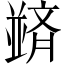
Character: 𫡀